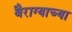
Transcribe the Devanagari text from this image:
बैराग्याच्या